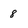
Character: 8